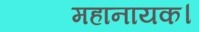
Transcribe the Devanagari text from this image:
महानायक।